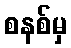
စနစ်မှ